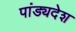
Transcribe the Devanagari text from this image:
पांड्यदेश